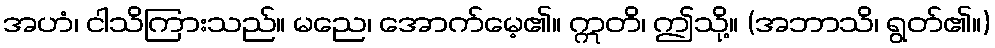
အဟံ၊ ငါသိကြားသည်။ မညေ၊ အောက်မေ့၏။ ဣတိ၊ ဤသို့။ (အဘာသိ၊ ရွတ်၏။)